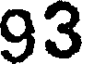
93